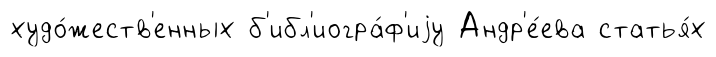
худо́жеств'енных б'ибл'иогра́ф'иjу Андр'е́ева статья́х